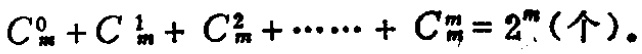
$C_{m}^{0}+C_{m}^{1}+C_{m}^{2}+\cdots\cdots +C_{m}^{m}=2^{m} (\text{个})。$